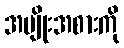
အမျိုးအစားကို